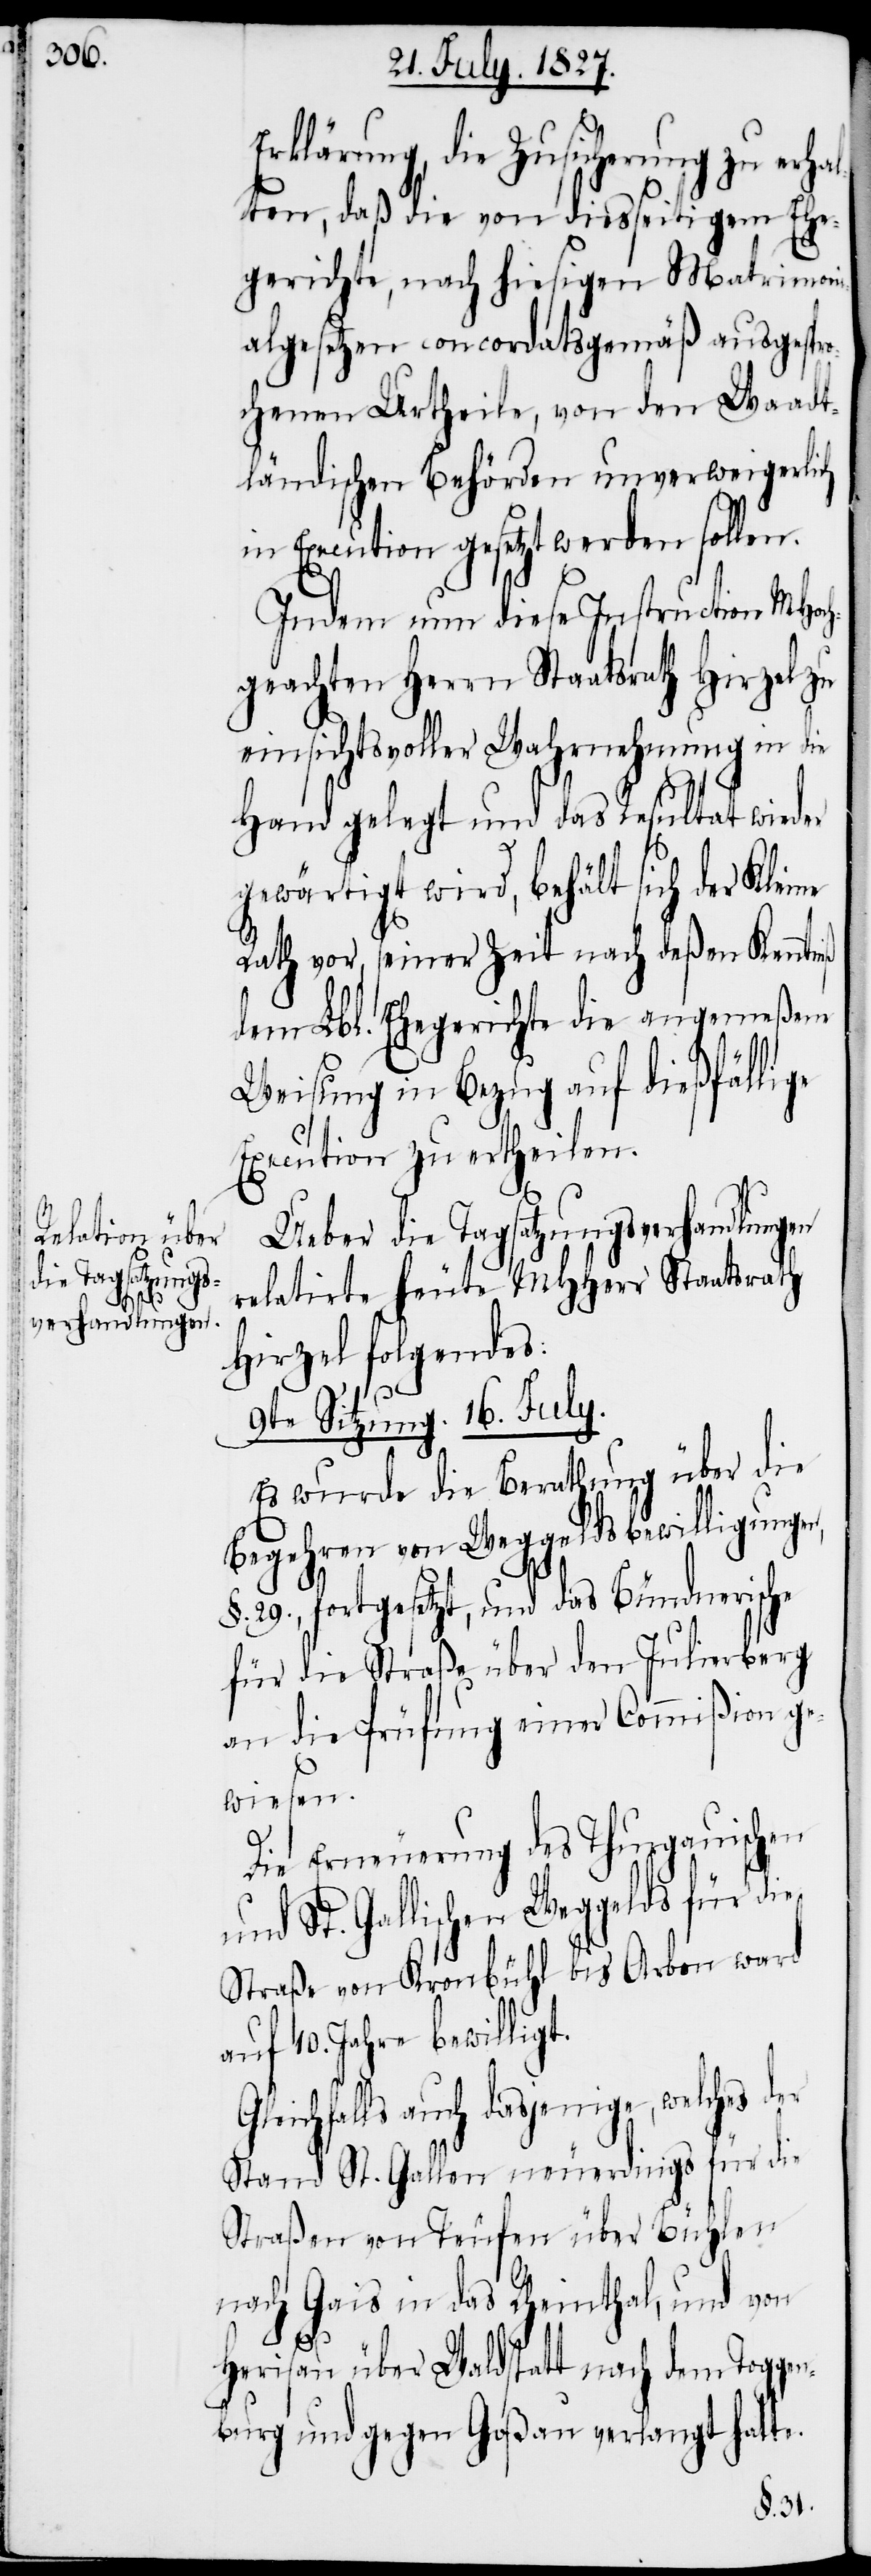
G¬

Erklärung, die Zusicherung zu er¬
halten, daß die von diesseitigem Ehe¬
gerichte, nach hiesigen Matrimoni¬
algesetzen concordatsgemäß ausgespro¬
chenen Urtheile, von den Waadt¬
ländischen Behörden unverweigerlich
in Execution gesetzt werden sollen.
Indem nun diese Instruction MHoch¬
geachten Herrn Staatsrath Hirzel zu
einsichtsvoller Wahrnehmung in die
Hand gelegt und das Resultat wieder
gewärtigt wird, behält sich der Kleine
Rath vor, seiner Zeit nach deßen Kenntniß
dem Lbl. Ehegerichte die angemeßene
Weisung in Bezug auf dießfällige
Execution zu ertheilen.
Ueber die Tagsatzungsverhandlungen
relatirte heute MHHerr Staatsrath
Hirzel folgendes:
9te Sitzung. 16. July.
Es wurde die Berathung über die
Begehren von Weggeldsbewilligungen,
§. 29., fortgesetzt, und das Bündnerische
für die Straße über den Julierberg
an die Prüfung einer Commißion ge¬
wiesen.
Die Erneuerung des Thurgauischen
St. Gallischen Weggelds für die
Straße von Kronbühl bis Arbon ward
auf 10. Jahre bewilligt.
leichfalls auch dasjenige, welches der
Stand St. Gallen neuerdings für die
Straßen von Teufen über Bühlen
nach Gais in das Rheinthal, und von
Herisau über Waldstatt nach dem Togge¬
nburg und gegen Goßau verlangt hatte.